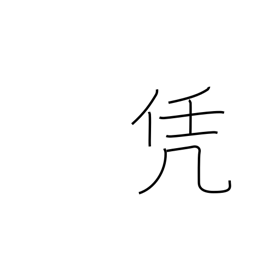
Meaning: lie heavy